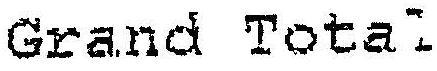
GRAND TOTAL